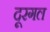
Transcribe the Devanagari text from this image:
दूरगल